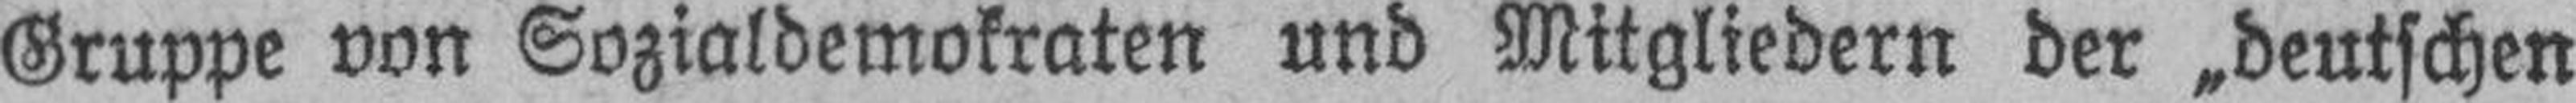
Gruppe von Sozialdemokraten und Mitgliedern der „deutschen